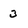
Character: 3